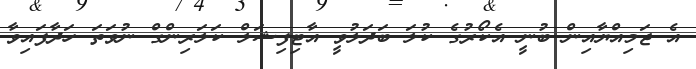
އެ ޖަމިއްޔާއިން ބުނީ އެކޯރުގެ ކުލަ ބަދަލުވީ އާޓިފިޝަލް ކަލަރިންގް ނުވަތަ ހަދާފައިވާ